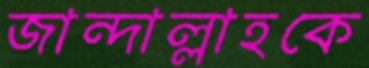
জান্দাল্লাহকে